Lunatic asylums in Bengal annual reports 1899-1911 - 1899-1911
Year: 1899
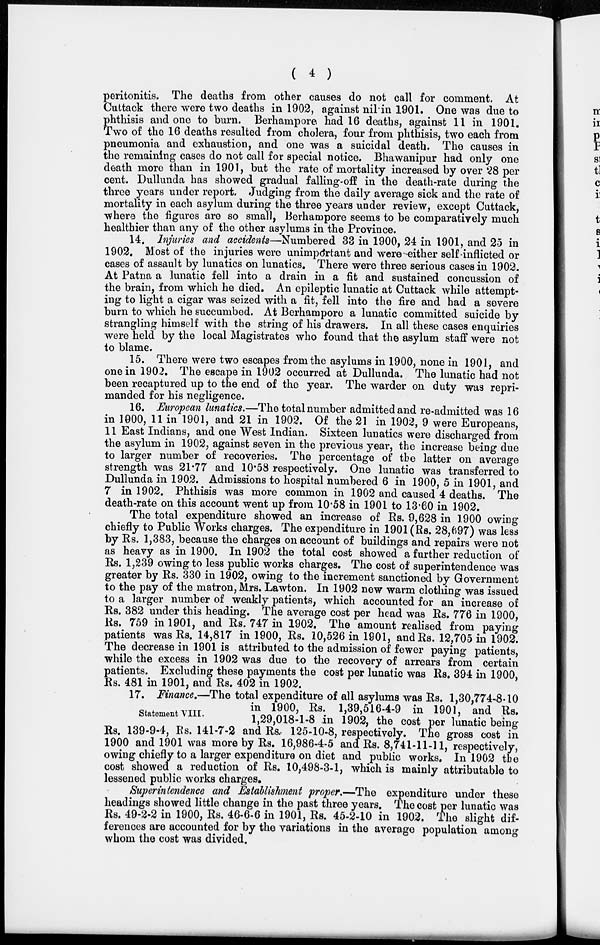
( 4 )
peritonitis. The deaths from other causes do not call for comment. At
Cuttack there were two deaths in 1902, against nil in 1901. One was due to
phthisis and one to burn. Berhampore had 16 deaths, against 11 in 1901.
Two of the 16 deaths resulted from cholera, four from phthisis, two each from
pneumonia and exhaustion, and one was a suicidal death. The causes in
the remaining cases do not call for special notice. Bhawanipur had only one
death more than in 1901, but the rate of mortality increased by over 28 per
cent. Dullunda has showed gradual falling-off in the death-rate during the
three years under report. Judging from the daily average sick and the rate of
mortality in each asylum during the three years under review, except Cuttack,
where the figures are so small, Berhampore seems to be comparatively much
healthier than any of the other asylums in the Province.
14. Injuries and accidents—Numbered 33 in 1900, 24 in 1901, and 25 in
1902. Most of the injuries were unimportant and were either self-inflicted or
cases of assault by lunatics on lunatics. There were three serious cases in 1902.
At Patna a lunatic fell into a drain in a fit and sustained concussion of
the brain, from which he died. An epileptic lunatic at Cuttack while attempt-
ing to light a cigar was seized with a fit, fell into the fire and had a severe
burn to which he succumbed. At Berhampore a lunatic committed suicide by
strangling himself with the string of his drawers. In all these cases enquiries
were held by the local Magistrates who found that the asylum staff were not
to blame.
15. There were two escapes from the asylums in 1900, none in 1901, and
one in 1902. The escape in 1902 occurred at Dullunda. The lunatic had not
been recaptured up to the end of the year. The warder on duty was repri-
manded for his negligence.
16. European lunatics.—The total number admitted and re-admitted was 16
in 1900, 11 in 1901, and 21 in 1902. Of the 21 in 1902, 9 were Europeans,
11 East Indians, and one West Indian. Sixteen lunatics were discharged from
the asylum in 1902, against seven in the previous year, the increase being due
to larger number of recoveries. The percentage of the latter on average
strength was 21.77 and 10.58 respectively. One lunatic was transferred to
Dullunda in 1902. Admissions to hospital numbered 6 in 1900, 5 in 1901, and
7 in 1902. Phthisis was more common in 1902 and caused 4 deaths. The
death-rate on this account went up from 10.58 in 1901 to 13.60 in 1902.
The total expenditure showed an increase of Rs. 9,628 in 1900 owing
chiefly to Public Works charges. The expenditure in 1901 (Rs. 28,697) was less
by Rs. 1,383, because the charges on account of buildings and repairs were not
as heavy as in 1900. In 1902 the total cost showed a further reduction of
Rs. 1,239 owing to less public works charges. The cost of superintendence was
greater by Rs. 330 in 1902, owing to the increment sanctioned by Government
to the pay of the matron, Mrs. Lawton. In 1902 new warm clothing was issued
to a larger number of weakly patients, which accounted for an increase of
Rs. 382 under this heading. The average cost per head was Rs. 776 in 1900,
Rs. 759 in 1901, and Rs. 747 in 1902. The amount realised from paying
patients was Rs. 14,817 in 1900, Rs. 10,526 in 1901, and Rs. 12,705 in 1902.
The decrease in 1901 is attributed to the admission of fewer paying patients,
while the excess in 1902 was due to the recovery of arrears from certain
patients. Excluding these payments the cost per lunatic was Rs. 394 in 1900,
Rs. 481 in 1901, and Rs. 402 in 1902.
Statement VIII.
17. Finance.—The total expenditure of all asylums was Rs. 1,30,774-8-10
in 1900, Rs. 1,39,516-4-9 in 1901, and Rs.
1,29,018-1-8 in 1902, the cost per lunatic being
Rs. 139-9-4, Rs. 141-7-2 and Rs. 125-10-8, respectively. The gross cost in
1900 and 1901 was more by Rs. 16,986-4-5 and Rs. 8,741-11-11, respectively,
owing chiefly to a larger expenditure on diet and public works. In 1902 the
cost showed a reduction of Rs. 10,498-3-1, which is mainly attributable to
lessened public works charges.
Superintendence and Establishment proper.—The expenditure under these
headings showed little change in the past three years. The cost per lunatic was
Rs. 49-2-2 in 1900, Rs. 46-6-6 in 1901, Rs. 45-2-10 in 1902. The slight dif-
ferences are accounted for by the variations in the average population among
whom the cost was divided.